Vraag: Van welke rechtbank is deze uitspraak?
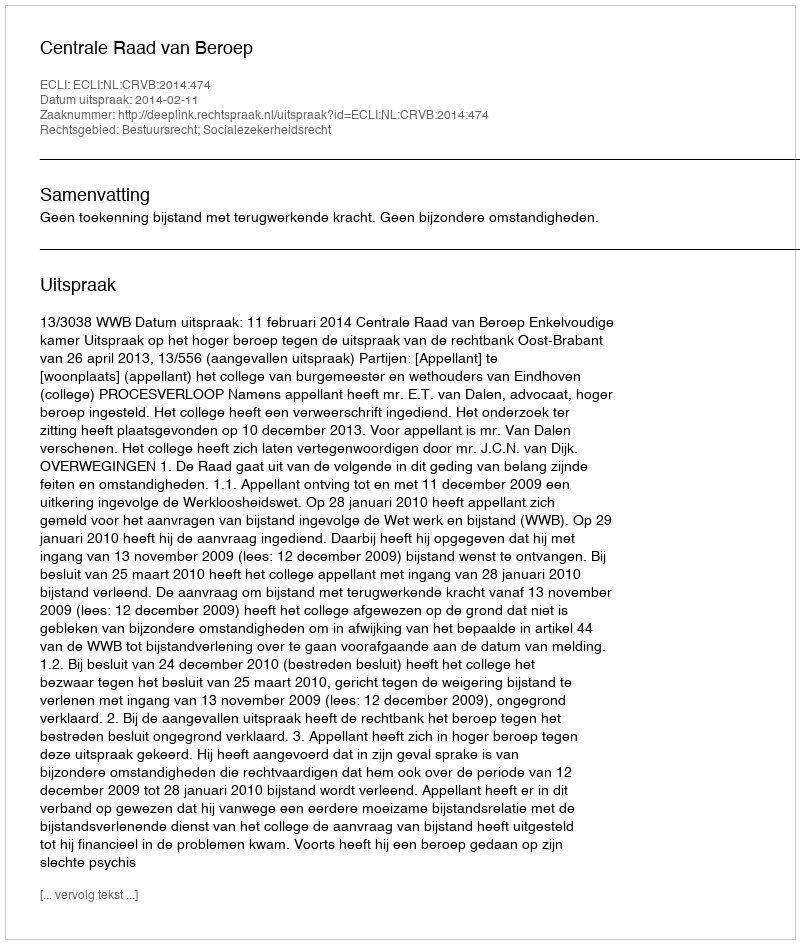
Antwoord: Centrale Raad van Beroep